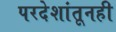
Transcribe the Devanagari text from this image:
परदेशांतूनही